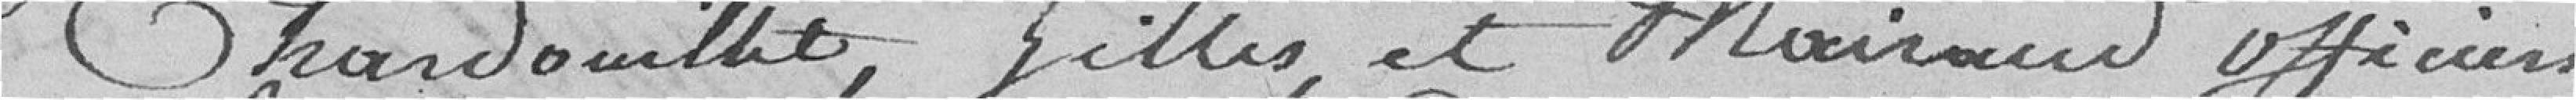
Chardouillet, Gilles et Moiraud, officiers